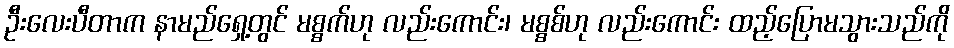
ဦးလေးပီတာက နာမည်ရှေ့တွင် မစ္စက်ဟု လည်းကောင်း၊ မစ္စစ်ဟု လည်းကောင်း ထည့်ပြောမသွားသည်ကို